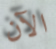
الآن